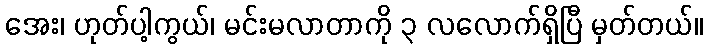
အေး၊ ဟုတ်ပါ့ကွယ်၊ မင်းမလာတာကို ၃ လလောက်ရှိပြီ မှတ်တယ်။